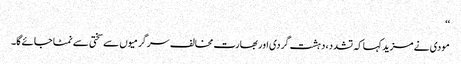
‘‘
مودی نے مزید کہا کہ تشدد، دہشت گردی اور بھارت مخالف سرگرمیوں سے سختی سے نمٹا جائے گا۔